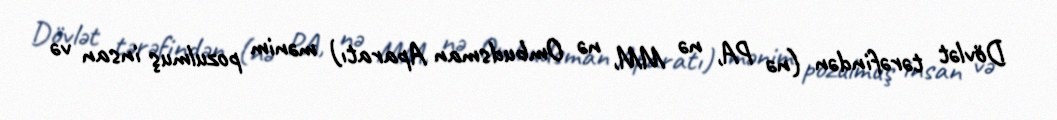
Dövlət tərəfindən (nə PA, nə MM, nə Ombudsman Aparatı) mənim pozulmuş insan və